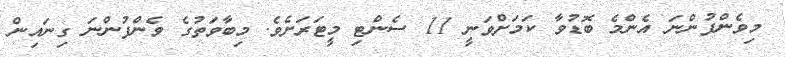
މިވެންފުންނަ އެންމެ ބޮޑުވާ ކަމަށްވަނީ 11 ސެންޓި މީޓަރަށެވެ. މިބާވަތުގެ ވެންފުންނަ ގިނައިން